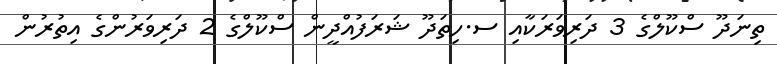
ތިނަދޫ ސްކޫލްގެ 3 ދަރިވަރަކާއި ސ.ހިތަދޫ ޝަރަފުއްދީން ސްކޫލްގެ 2 ދަރިވަރުންގެ އިތުރުން